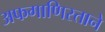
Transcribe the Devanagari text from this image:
अफगाणिस्ताने